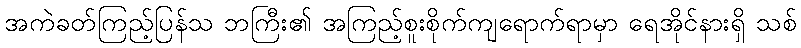
အကဲခတ်ကြည့်ပြန်သ ဘကြီး၏ အကြည့်စူးစိုက်ကျရောက်ရာမှာ ရေအိုင်နားရှိ သစ်